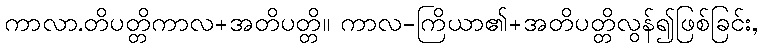
ကာလာ.တိပတ္တိကာလ+အတိပတ္တိ။ ကာလ-ကြိယာ၏+အတိပတ္တိလွန်၍ဖြစ်ခြင်း,